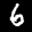
Label: 6